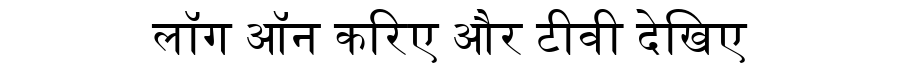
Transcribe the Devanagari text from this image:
लॉग ऑन करिए और टीवी देखिए